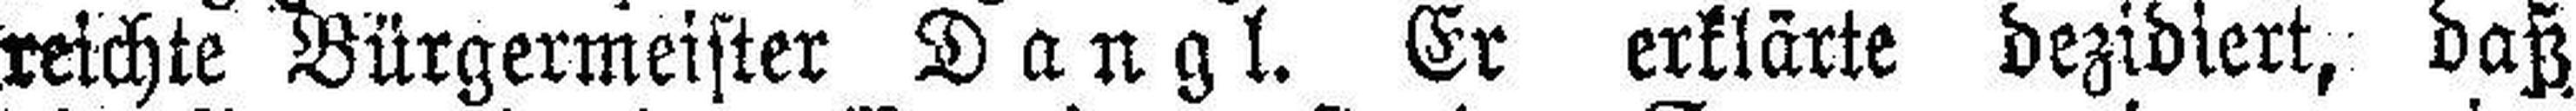
reichte Bürgermeister Dangl. Er erklärte dezidiert, daß